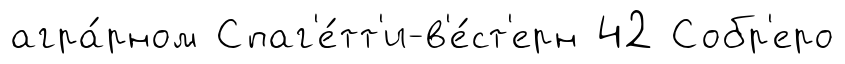
агра́рном Спаг'е́тт'и-в'е́ст'ерн 42 Собр'еро